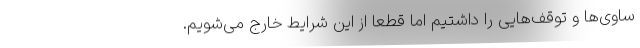
ساوی‌ها و توقف‌هایی را داشتیم اما قطعاً از این شرایط خارج می‌شویم.